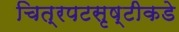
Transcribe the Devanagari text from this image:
चित्रपटसृष्टीकडे